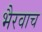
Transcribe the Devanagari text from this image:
भैरवाच